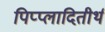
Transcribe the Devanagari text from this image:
पिप्प्लादितीर्थ